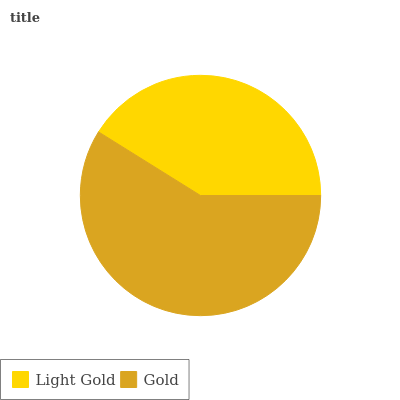
| Light Gold | Gold |
 | --- | --- |
 | 41.1% | 58.9% |